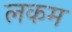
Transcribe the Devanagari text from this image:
लकम